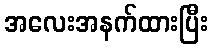
အလေးအနက်ထားပြီး